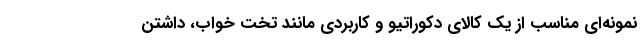
نمونه‌ای مناسب از یک کالای دکوراتیو و کاربردی مانند تخت خواب، داشتن